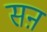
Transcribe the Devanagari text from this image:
सऩ